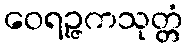
ဝေရဉ္ဇကသုတ္တံ